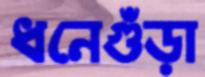
ধনেগুঁড়া